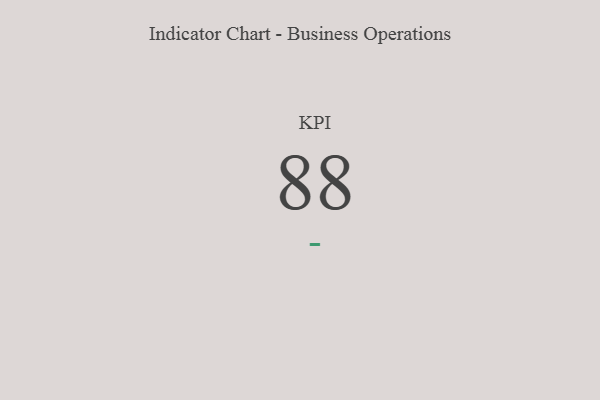
{"axis": {"x": "KPI", "y": "Value"}, "legend": [""], "data": [{"x": "KPI", "y": 88, "type": ""}]}